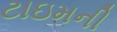
ટાઇમની